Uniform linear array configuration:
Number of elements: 48
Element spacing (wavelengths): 0.25
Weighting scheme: exponential
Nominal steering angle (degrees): -15
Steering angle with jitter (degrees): -15.233
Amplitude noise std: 0.05
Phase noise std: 0.05

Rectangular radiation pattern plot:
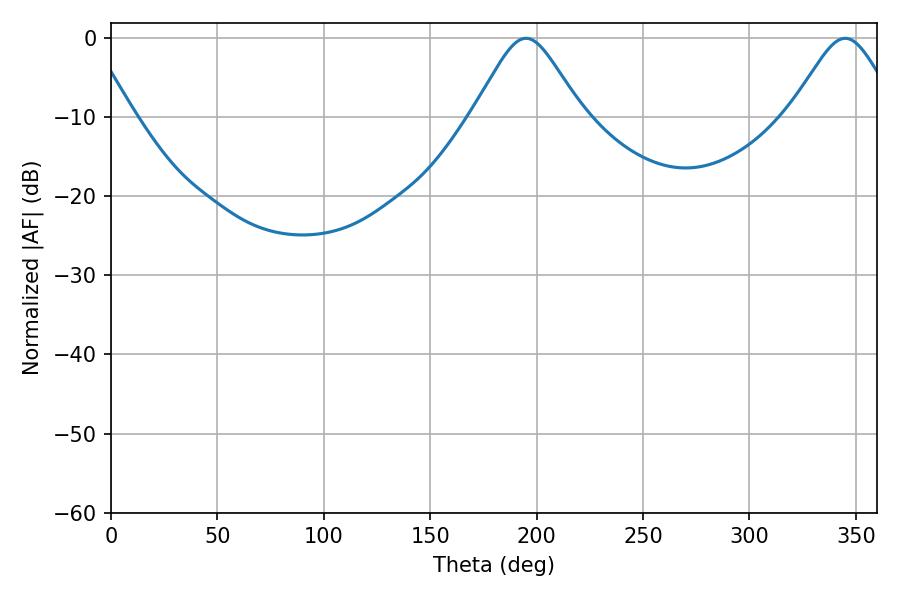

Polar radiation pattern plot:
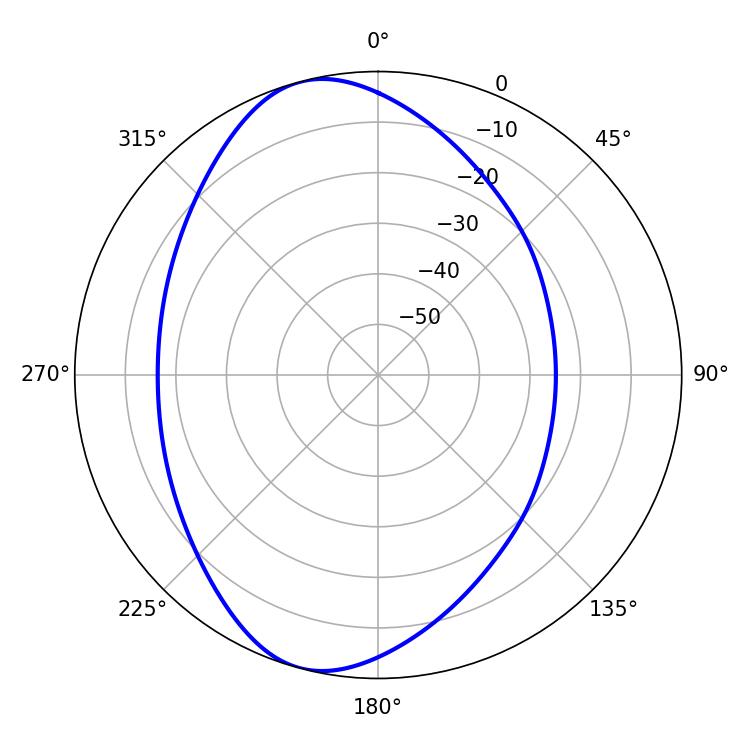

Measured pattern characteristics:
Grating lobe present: FALSE
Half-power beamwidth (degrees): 24.66
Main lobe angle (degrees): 194.94